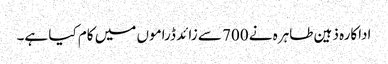
اداکارہ ذہین طاہرہ نے 700 سے زائد ڈراموں میں کام کیا ہے۔